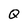
Character: Q